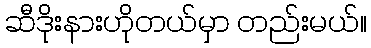
ဆီဒိုးနားဟိုတယ်မှာ တည်းမယ်။